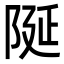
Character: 𮥋